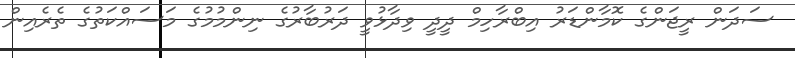
ސަދަން ރީޖަންގެ ކޮމާންޑަރު އިބްރާހިމް ދީދީ ވިދާޅުވީ ދަރުބާރުގެ ނިންމުމުގެ މަސައްކަތުގެ ތެރެއިން